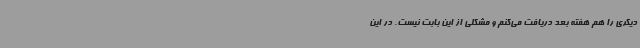
دیگری را هم هفته بعد دریافت می‌کنم و مشکلی از این بابت نیست. در این